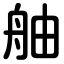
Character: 舳